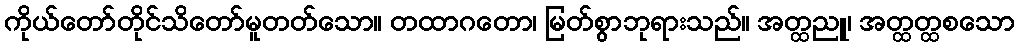
ကိုယ်တော်တိုင်သိတော်မူတတ်သော။ တထာဂတော၊ မြတ်စွာဘုရားသည်။ အတ္ထညူ၊ အတ္ထတ္ထစသော